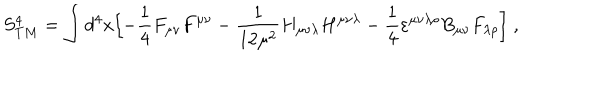
S _ { T M } ^ { 4 } = \int d ^ { 4 } x \Bigl [ - { \frac { 1 } { 4 } } F _ { \mu \nu } F ^ { \mu \nu } - { \frac { 1 } { 1 2 \mu ^ { 2 } } } H _ { \mu \nu \lambda } H ^ { \mu \nu \lambda } - { \frac { 1 } { 4 } } \varepsilon ^ { \mu \nu \lambda \rho } B _ { \mu \nu } F _ { \lambda \rho } \Bigl ] \; ,